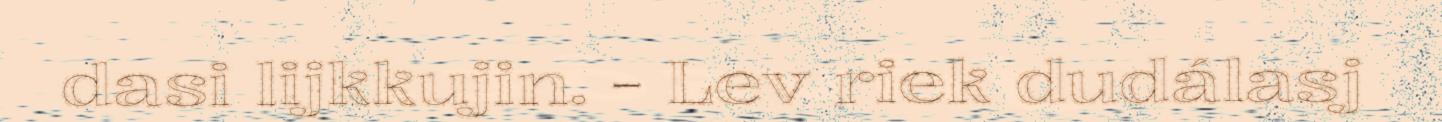
dasi lijkkujin. - Lev riek dudálasj